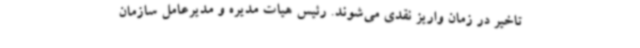
تاخیر در زمان واریز نقدی می‌شوند. رئیس هیات مدیره و مدیرعامل سازمان